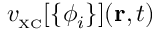
v _ { \scriptscriptstyle \mathrm { X C } } [ \{ \phi _ { i } \} ] ( { \bf r } , t )